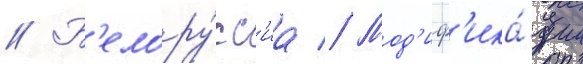
// Б'елору́сс'иа // Мод'иф'ика́ции